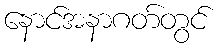
နောင်အနာဂတ်တွင်